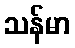
သန်မာ